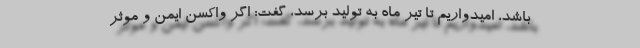
باشد، امیدواریم تا تیر ماه به تولید برسد، گفت: اگر واکسن ایمن و موثر